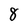
Character: 8